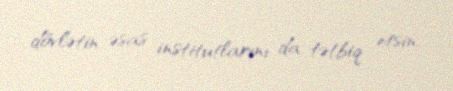
dövlətin əsas institutlarını da tətbiq etsin.